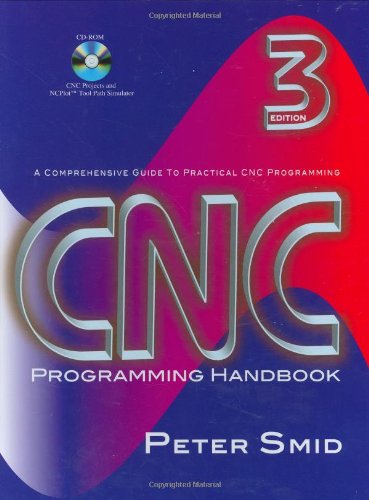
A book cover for CNC Programming Handbook, Third Edition; Peter Smid; Engineering & Transportation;